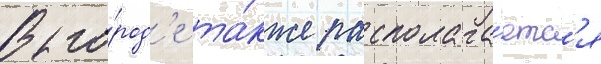
В го́род'е та́кже располага́етс'я